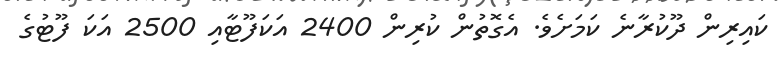
ކައިރިން ދޫކުރާނެ ކަމަށެވެ. އެގޮތުން ކުރިން 2400 އަކަފޫޓާއި 2500 އަކަ ފޫޓުގެ